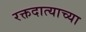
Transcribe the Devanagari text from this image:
रक्तदात्याच्या